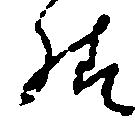
様